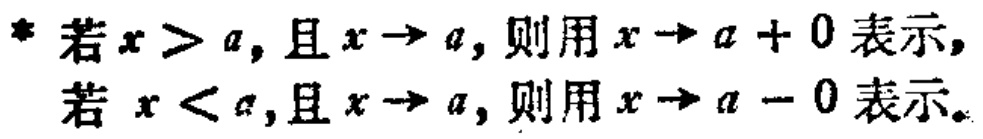
若\(x > a\)，且\(x \to a\)，则用\(x \to a + 0\)表示，若 \(x < a\)，且\(x \to a\)，则用\(x \to a - 0\)表示。